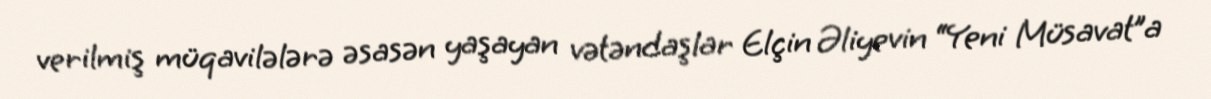
verilmiş müqavilələrə əsasən yaşayan vətəndaşlar Elçin Əliyevin “Yeni Müsavat”a